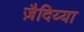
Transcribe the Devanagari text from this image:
ज़ैदिय्या